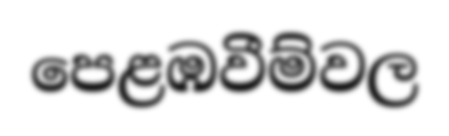
පෙළඹවීම්වල